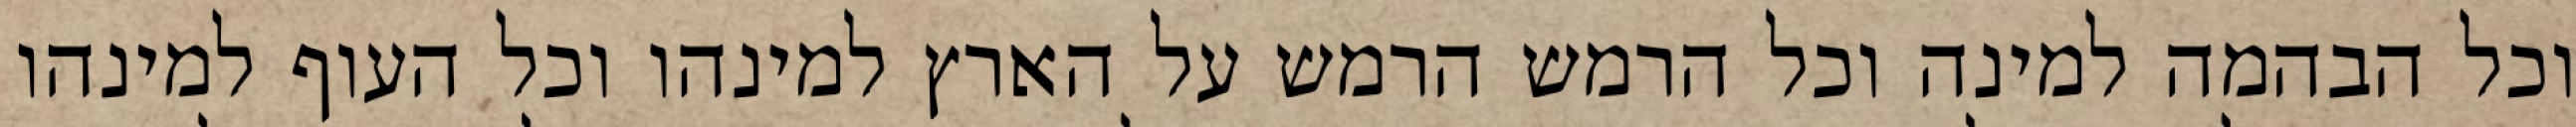
וכל הבהמה למינה וכל הרמש הרמש על הארץ למינהו וכל העוף למינהו